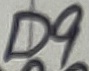
Text: D9